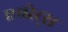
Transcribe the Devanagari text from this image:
एमरेट्स